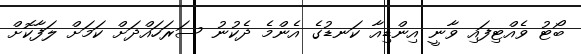
ބޯޓު ވެއްޓިފައި ވާނީ އިންޑިއާ ކަނޑުގެ އެންމެ ދެކުނު ސަރަހައްދަށް ކަމަށް ލަފާކޮށް